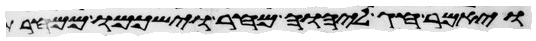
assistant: ויאמר חג ליהוה מחר וישכמו ממחרת